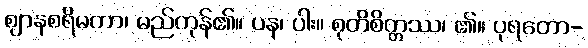
ဈာနစရိမကာ၊ မည်ကုန်၏။ ပန၊ ပါး။ စုတိစိတ္တဿ၊ ၏။ ပုရတော-